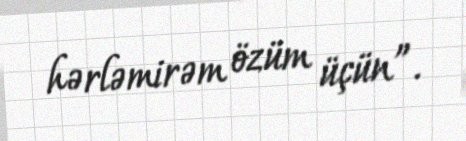
hərləmirəm özüm üçün”.